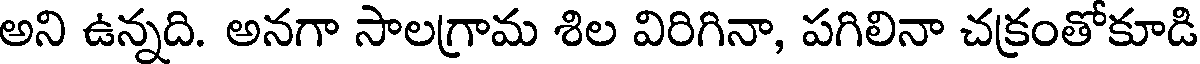
అని ఉన్నది. అనగా సాలగ్రామ శిల విరిగినా, పగిలినా చక్రంతోకూడి